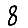
Digit: 8